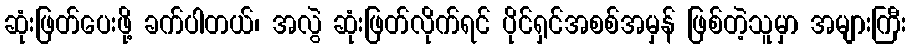
ဆုံးဖြတ်ပေးဖို့ ခက်ပါတယ်၊ အလွဲ ဆုံးဖြတ်လိုက်ရင် ပိုင်ရှင်အစစ်အမှန် ဖြစ်တဲ့သူမှာ အများကြီး